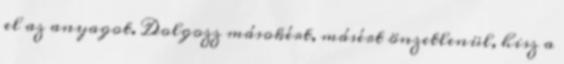
el az anyagot. Dolgozz másokért, másért önzetlenül, hisz a